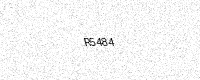
Text: R5484